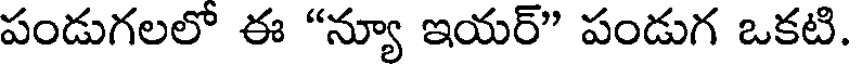
పండుగలలో ఈ "న్యూ ఇయర్" పండుగ ఒకటి.